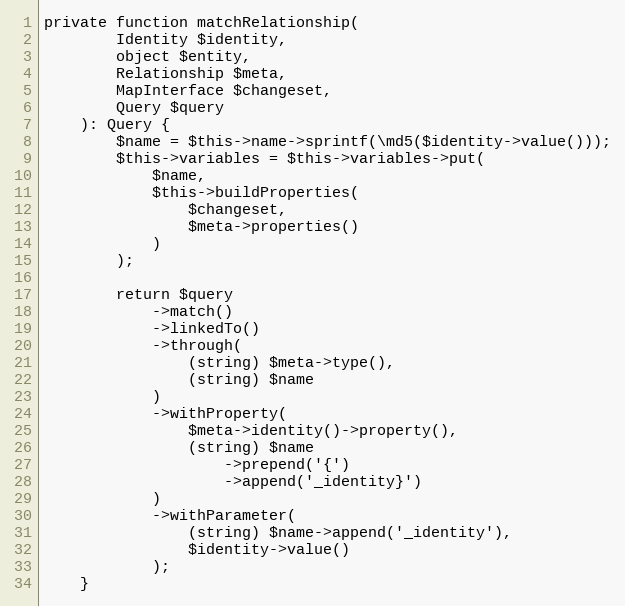
Language: PHP
private function matchRelationship(
        Identity $identity,
        object $entity,
        Relationship $meta,
        MapInterface $changeset,
        Query $query
    ): Query {
        $name = $this->name->sprintf(\md5($identity->value()));
        $this->variables = $this->variables->put(
            $name,
            $this->buildProperties(
                $changeset,
                $meta->properties()
            )
        );

        return $query
            ->match()
            ->linkedTo()
            ->through(
                (string) $meta->type(),
                (string) $name
            )
            ->withProperty(
                $meta->identity()->property(),
                (string) $name
                    ->prepend('{')
                    ->append('_identity}')
            )
            ->withParameter(
                (string) $name->append('_identity'),
                $identity->value()
            );
    }